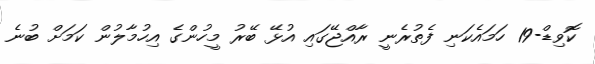
ކޮވިޑް-19 ހަމައެކަނި ފެތުރެނީ ރާއްޖޭގައި އުޅޭ ބޭރު މީހުންގެ އިހުމާލުން ކަމަށް ބުނެ